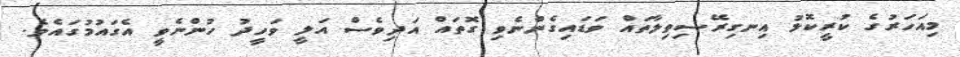
މިއަހަރުގެ ކުރީކޮޅު އިނގިރޭސިވިލާތައް ވަޑައިގެންނެވި ގޮތައް އަދިވެސް އަލީ ވަހީދު ހުންނެވީ އެގައުމުގައެވެ.